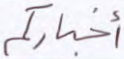
أخباركم